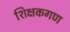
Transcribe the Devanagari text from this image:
शिक्षकगण